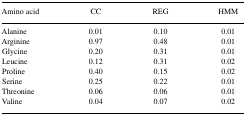
<table><thead><tr><td><b>Amino acid</b></td><td><b>CC</b></td><td><b>REG</b></td><td><b>HMM</b></td></tr></thead><tbody><tr><td>Alanine</td><td>0.01</td><td>0.10</td><td>0.01</td></tr><tr><td>Arginine</td><td>0.97</td><td>0.48</td><td>0.01</td></tr><tr><td>Glycine</td><td>0.20</td><td>0.31</td><td>0.01</td></tr><tr><td>Leucine</td><td>0.12</td><td>0.31</td><td>0.02</td></tr><tr><td>Proline</td><td>0.40</td><td>0.15</td><td>0.02</td></tr><tr><td>Serine</td><td>0.25</td><td>0.22</td><td>0.01</td></tr><tr><td>Threonine</td><td>0.06</td><td>0.06</td><td>0.01</td></tr><tr><td>Valine</td><td>0.04</td><td>0.07</td><td>0.02</td></tr></tbody></table>